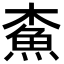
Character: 𩵴